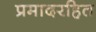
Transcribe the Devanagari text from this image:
प्रमादरहित